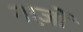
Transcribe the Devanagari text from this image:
नाज़ों